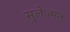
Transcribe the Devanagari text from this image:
सुलेज्मन